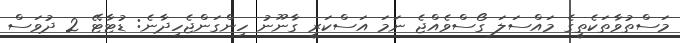
މަސްތުވާތަކެތީގެ މައްސަލަ ގޯސްވެއްޖެ ނަމަ އަސްކަރީ ގާނޫނު ހިންގަންޖެހިދާނެ: ޑުޓާޓޭ 2 ދުވަސް